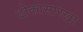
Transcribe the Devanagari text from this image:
ढोकासारखा